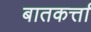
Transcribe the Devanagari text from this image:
बातकर्त्ता